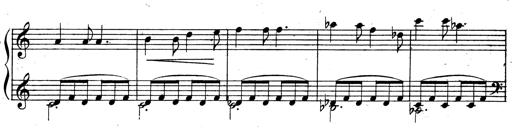
Title: 3 Sonatinas for Piano
Composer: Vissarion Shebalin